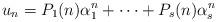
LaTeX: \begin{align*}u_n=P_1(n)\alpha_1^n+\cdots+P_s(n)\alpha_s^n\end{align*}